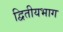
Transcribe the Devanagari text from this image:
द्वितीयभाग